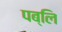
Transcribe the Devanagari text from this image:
पब्लि